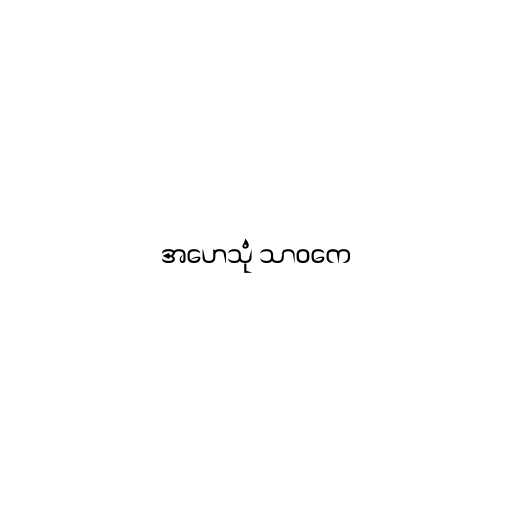
အဟေသုံ သာဝကေ